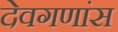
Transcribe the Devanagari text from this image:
देवगणांस